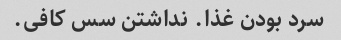
سرد بودن غذا. نداشتن سس کافی.